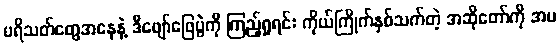
ပရိသတ်တွေအနေနဲ့ ဒီဖျော်ဖြေပွဲကို ကြည့်ရှုရင်း ကိုယ်ကြိုက်နှစ်သက်တဲ့ အဆိုတော်ကို အပ